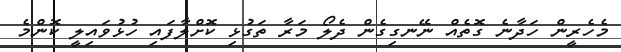
މެހެރީން ހަދާނެ ގޮތެއް ނޭނގިގެން ދެލޯ މަރާ ތަގުޅި ކޮށްލާފައި ހުޅުވައިލީ ކޮންމެ